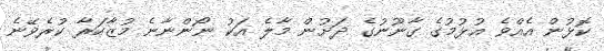
ކޮޅުން އެއްވެ އުޅުމުގެ ގާނޫނުގެ ދަށުން މާލެ އަކު ނޯންނާނެ މުޒާހަރާ ކުރެވޭނެ